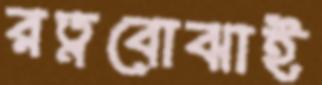
রত্নবোঝাই